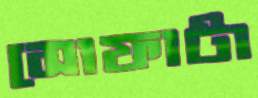
সোফাটা